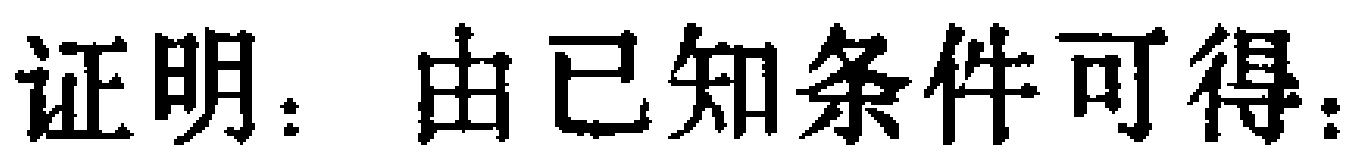
证明：由已知条件可得：